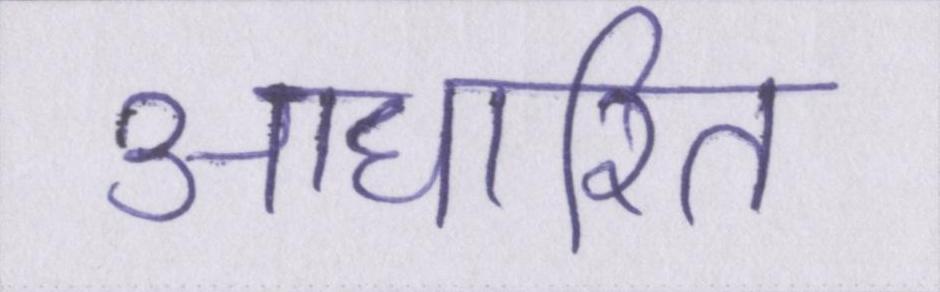
आधारित